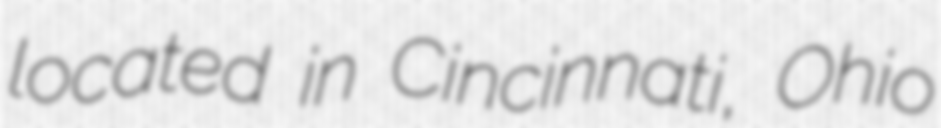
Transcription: located in Cincinnati, Ohio